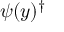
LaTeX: \psi ( y ) ^ { \dagger }